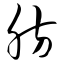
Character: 肪